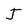
Character: J